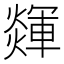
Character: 𤐕